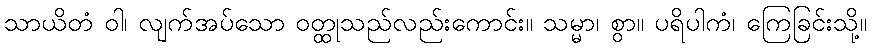
သာယိတံ ဝါ၊ လျက်အပ်သော ဝတ္ထုသည်လည်းကောင်း။ သမ္မာ၊ စွာ။ ပရိပါကံ၊ ကြေခြင်းသို့။